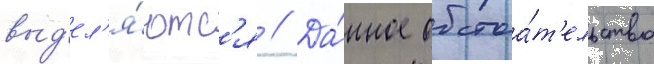
выд'ел'я́ютс'я // Да́нное обстоа́т'ельство